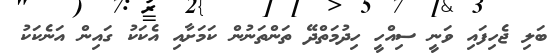
ބަލި ޖެހިފައި ވަނީ ސިއްހީ ހިދުމަތްދޭ ތަންތަނުން ކަމަށާއި އެކަކު ގައިން އަނެކަކު